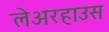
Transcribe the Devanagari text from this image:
लेअरहाउस